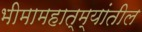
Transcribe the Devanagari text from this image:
भीमामहात्म्यांतील